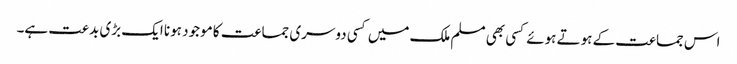
اس جماعت کے ہوتے ہوئے کسی بھی مسلم ملک میں کسی دوسری جماعت کا موجود ہونا ایک بڑی بدعت ہے۔